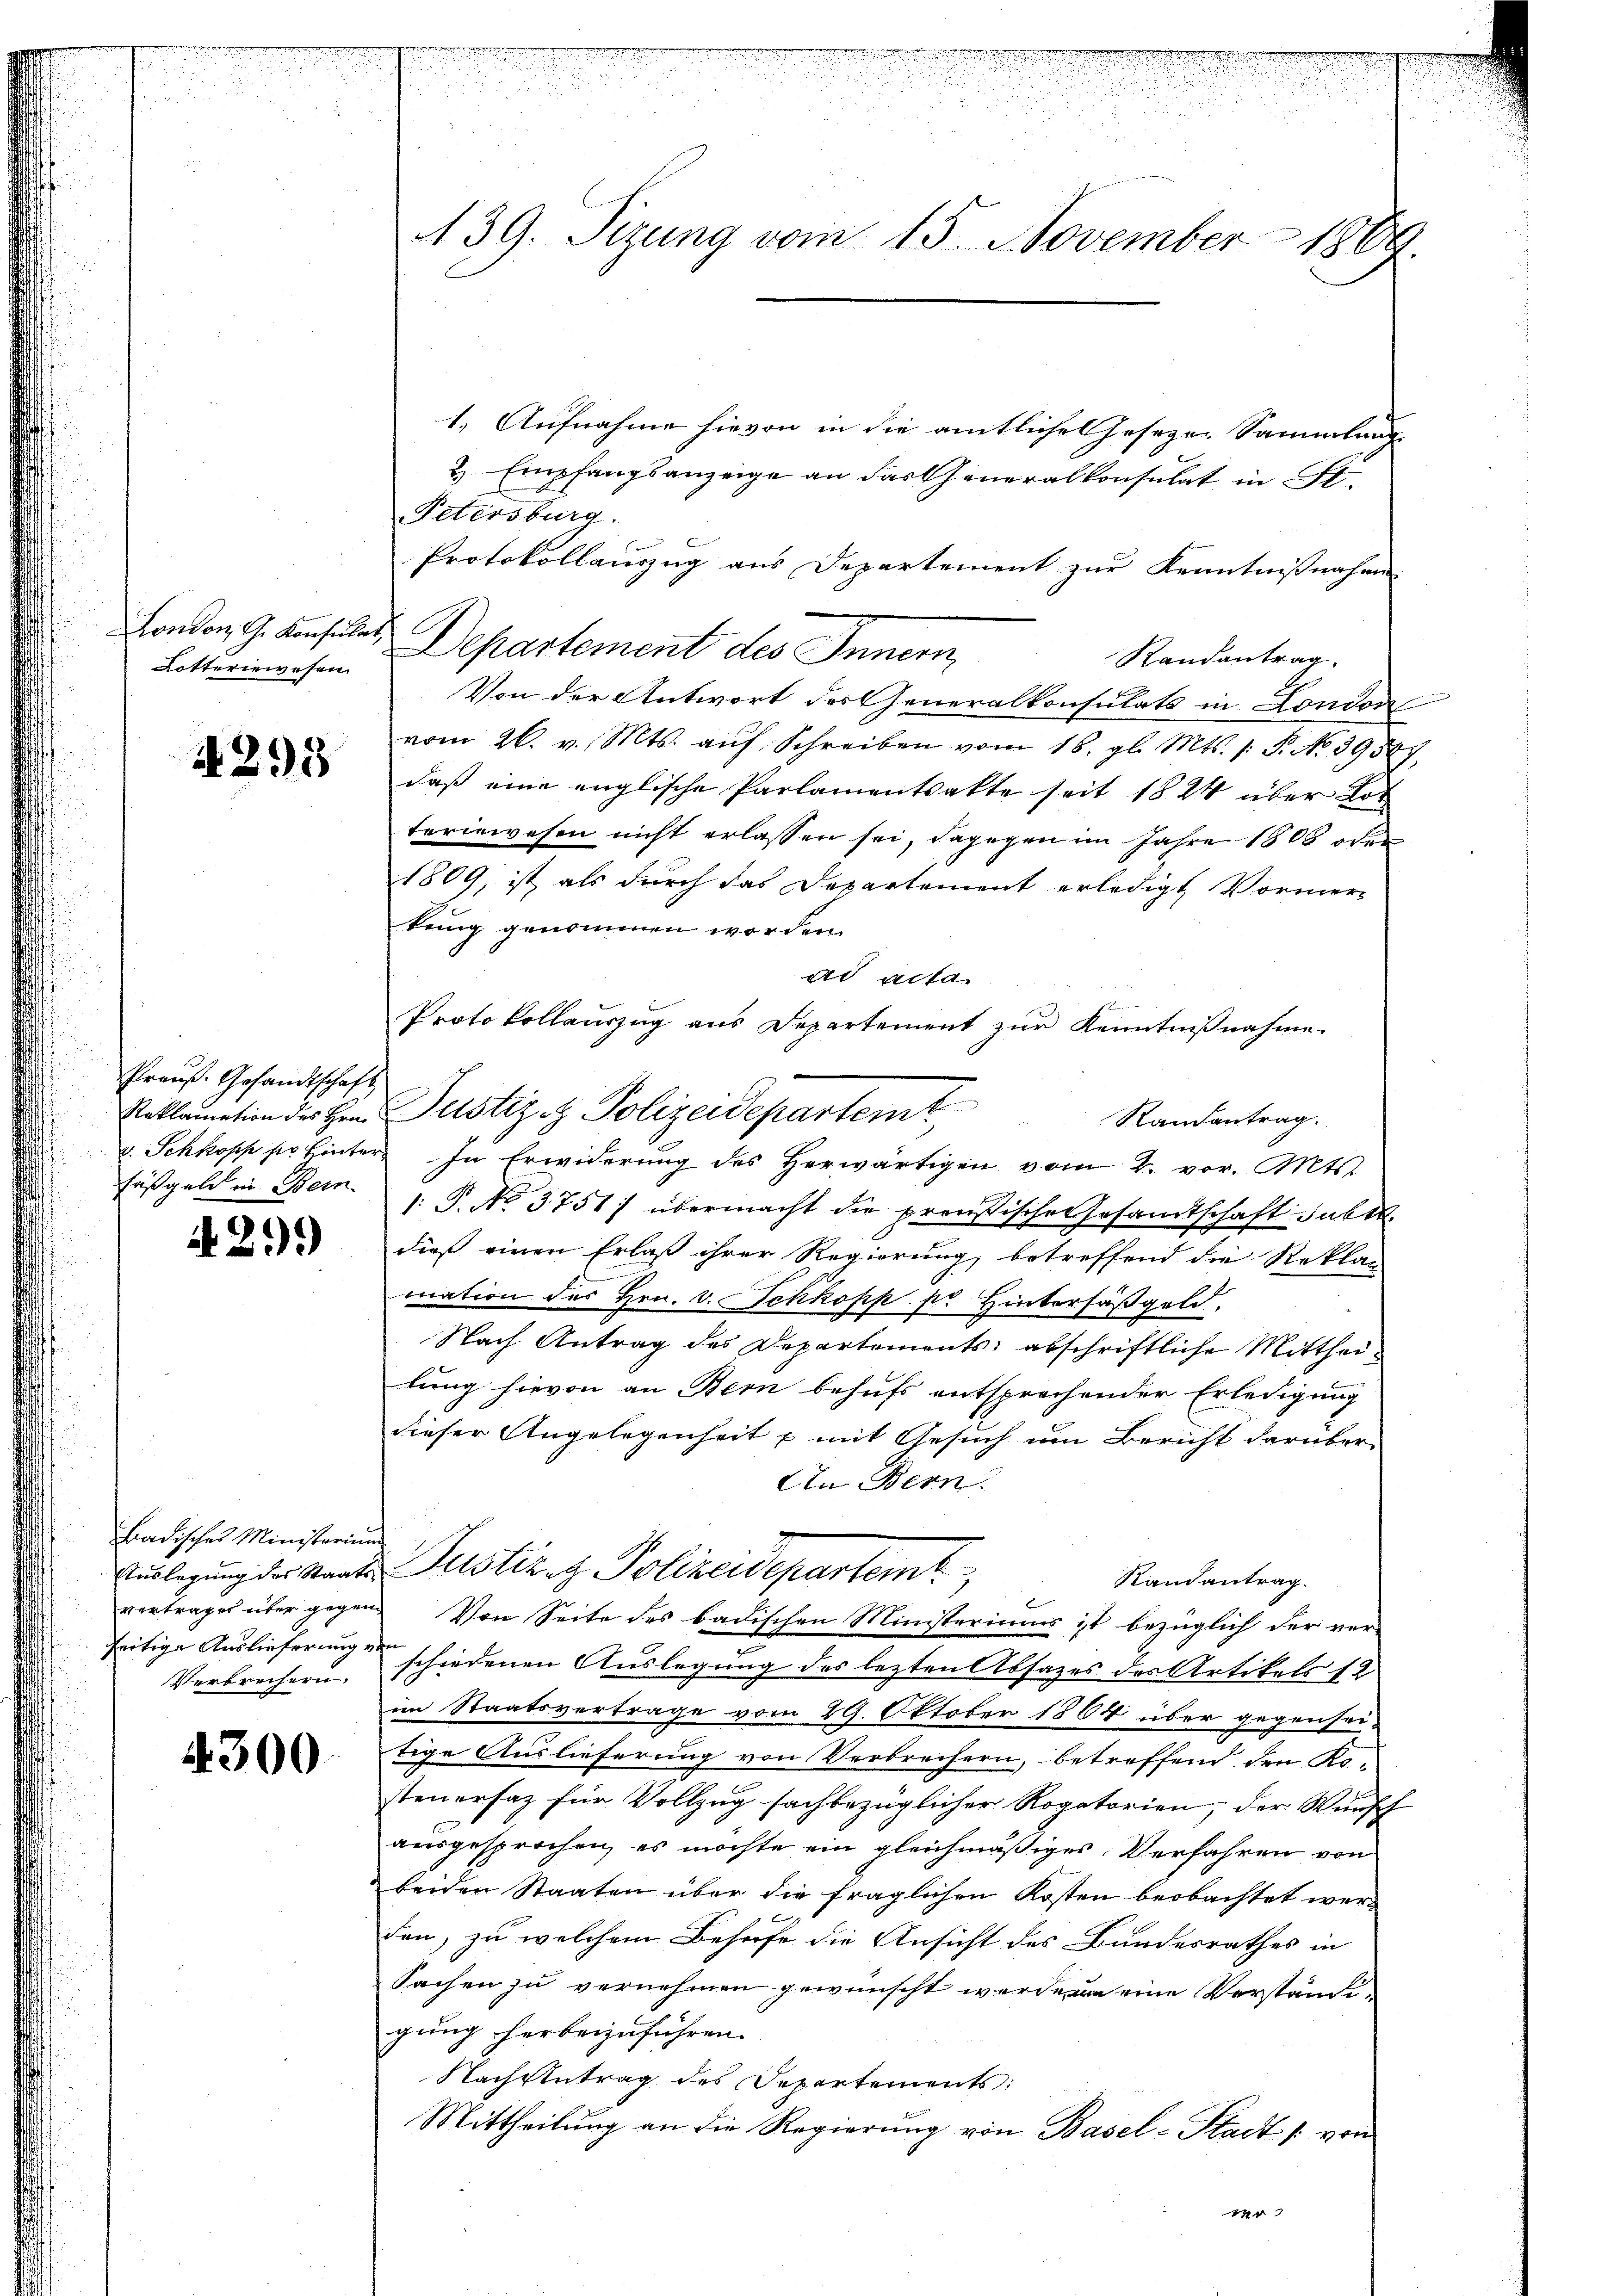
London, G. Konsula
Lotteriewesen.

4295

Preuß. Gesandtschaft
Reklamation des Hrn.
v. Schloss sie hinter¬
Faßgabe in Bein.

A 299)

Badisches Ministerium
Auslegung des Staats-
vertrages über gegen
seitige Auslieferung vo
Verbrechern.

4300

439. Sizung vom 15. November 1869.

1. Aufnahme hievon in die amtliche Josezen Sammlung
&. Empfangsanzeige an das Generalkonsulat in St.
Petersburg.
Protokollauszug aus Departement zur Kenntnißnahme
Departement des Innern,
Randantrag.
Von der Antwort des Generalkonsulats in London
vom 26. v. Mts. aŭf Schreiben vom 16. gl. Mts. 1. P. No. 39587,
daß eine englische Parlamentsakte seit 1824 über Lot
teriewesen nicht erlassen sei, dagegen im Jahre 1808 oder
1809, ist, als durch das Departement erledigt Vormer-
kung genommen worden.
ad acta.
Protokollauszug aus Departement zur Kenntnißnahme
Justiziz Polizeidepartemt,
Randantrag.
In Erwiderung des Herwärtigen vom 2. vor. Mts.
1: P. No. 3751) übermacht die preußische Gesandtschaft subr
dieß einen Erlaß ihrer Regierung betreffend die Reklag
mation des Hrn. v. Schkopp pr Hintersäßgeld
Nach Antrag des Departements abschriftliche Mittheilung hievon an Bern behufs entsprechender Erledigung
dieser Angelegenheit u mit Gesuch um Bericht darüber
Ein Bern.
Justiz & Polizeidepartemt,
Randantrag.
Von Seite des badischen Ministeriums ist bezüglich der ver-
n
schiedenen Auslegung des lezten Absatzes des Artikels 12
im Staatsvertrage vom 29. Oktober 1864 über gegensei-
tige Auslieferung von Verbrechern, betreffend den Ko-
steuerfaz für Vollzug sachbezüglicher Rogatorien, der Wunsch
ausgesprochen, es möchte ein gleichmäßiges Verfahren von
beiden Staaten über die fraglichen Kosten beobachtet werden, zu welchem Behufe die Ansicht des Bundesrathes in
Sachen zu vernehmen gewünscht werden eine Verständegung herbeizuführen. |
Nachzutrag des Departements:
Mittheilung an die Regierung von Basel-Stadt / von
2